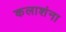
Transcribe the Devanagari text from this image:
कलाशंना